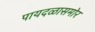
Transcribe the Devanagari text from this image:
पायदळासमोर